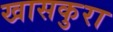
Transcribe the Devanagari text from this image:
खासकुरा